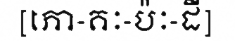
[ភោ-គៈ-ប៉ៈ-ដី]